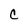
Character: C